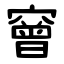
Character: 䆵